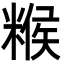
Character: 糇